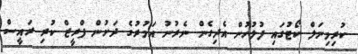
ކުރިމިނަލް ކޯޓުގައި ފުލުހުން އެދިގެން ނެރުނު އަމުރުގެ ދަށުން ފްރީޒް ކުރި ރައީސް